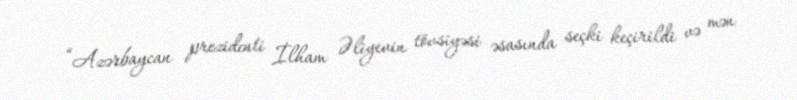
“Azərbaycan prezidenti İlham Əliyevin tövsiyəsi əsasında seçki keçirildi və mən